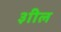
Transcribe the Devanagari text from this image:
३ाील